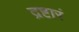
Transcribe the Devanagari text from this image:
द्रष्टारं